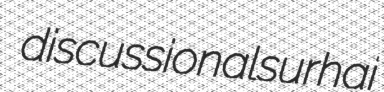
discussional surhai